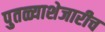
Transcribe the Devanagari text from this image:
पुतळ्याशेजारीच